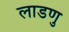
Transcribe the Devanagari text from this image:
लाडणु